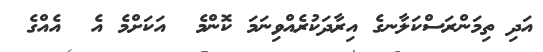
އަދި ތިމަންރަސްކަލާނގެ އިރާދަކުރެއްވިނަމަ ކޮންމެ  އަކަށްމެ އެ  އެއްގެ